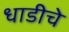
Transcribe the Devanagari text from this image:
धाडीचे